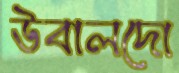
উবালদো